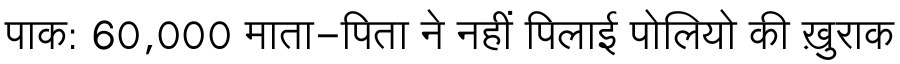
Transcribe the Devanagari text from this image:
पाक: 60,000 माता-पिता ने नहीं पिलाई पोलियो की ख़ुराक